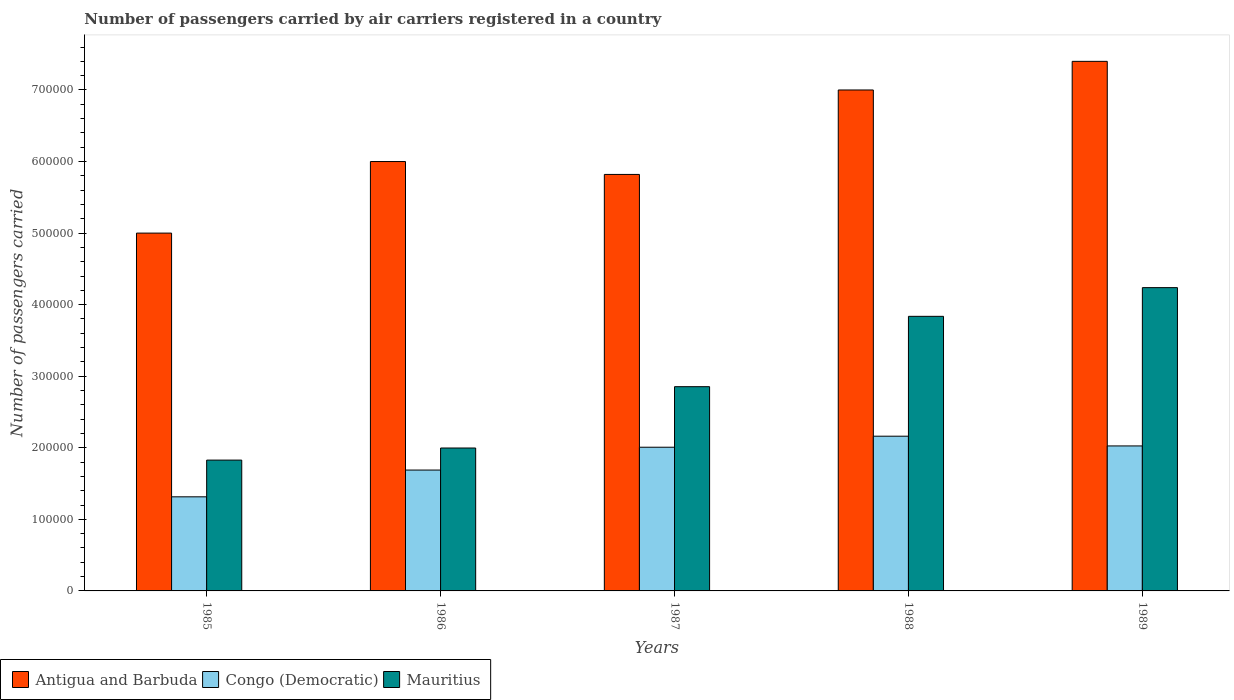
| Years | Antigua and Barbuda | Congo (Democratic) | Mauritius |
 | --- | --- | --- | --- |
 | 1985 | 5e+05 | 1.32e+05 | 1.83e+05 |
 | 1986 | 6e+05 | 1.69e+05 | 2e+05 |
 | 1987 | 5.82e+05 | 2.01e+05 | 2.85e+05 |
 | 1988 | 7e+05 | 2.16e+05 | 3.84e+05 |
 | 1989 | 7.4e+05 | 2.03e+05 | 4.24e+05 |